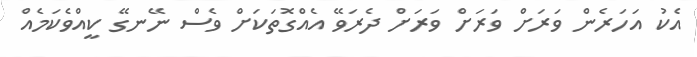
އެކު އަހަރެން ވަރަށް ވަރަށް ވަރަށް ދެރަވޭ އެއްގޮތަކަށް ވެސް ނޭނގޭ ކީއްވެކަމެއް